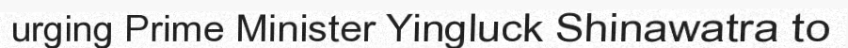
urging Prime Minister Yingluck Shinawatra to